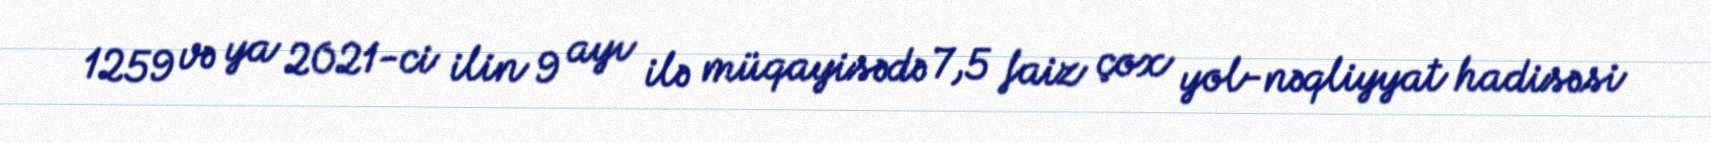
1259 və ya 2021-ci ilin 9 ayı ilə müqayisədə 7,5 faiz çox yol-nəqliyyat hadisəsi